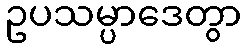
ဥပသမ္ပာဒေတွာ